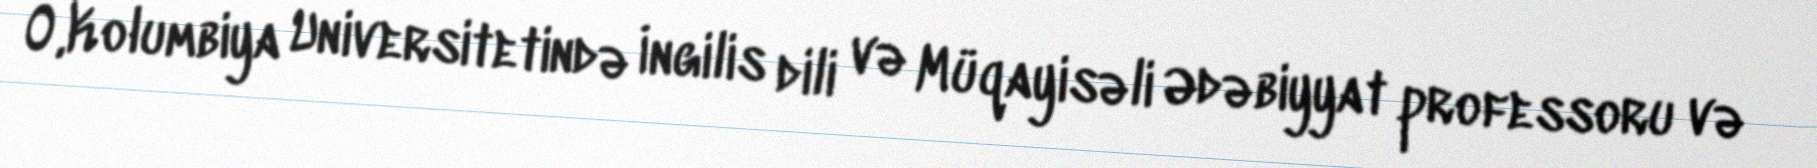
O,Kolumbiya Universitetində İngilis dili və Müqayisəli Ədəbiyyat professoru və